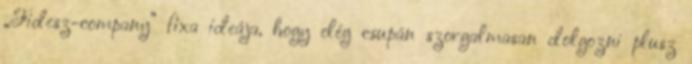
„Fidesz-company” fixa i­deája, hogy elég csupán szorgalmasan dolgozni plusz